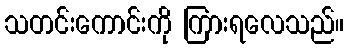
သတင်းကောင်းကို ကြားရလေသည်။